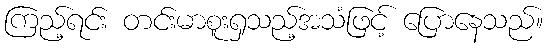
ကြည့်ရင်း တင်းမာစူးရှသည့်အသံဖြင့် ပြောနေသည်။